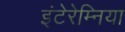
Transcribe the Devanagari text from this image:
इंटेरेम्निया